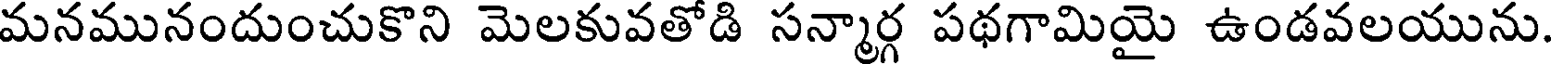
మనమునందుంచుకొని మెలకువతోడి సన్మార్గ పథగామియై ఉండవలయును